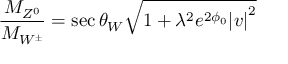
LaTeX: \frac { M _ { Z ^ { 0 } } } { M _ { W ^ { \pm } } } = \sec \theta _ { W } \sqrt { 1 + { \lambda } ^ { 2 } e ^ { 2 \phi _ { 0 } } { \vert v \vert } ^ { 2 } }